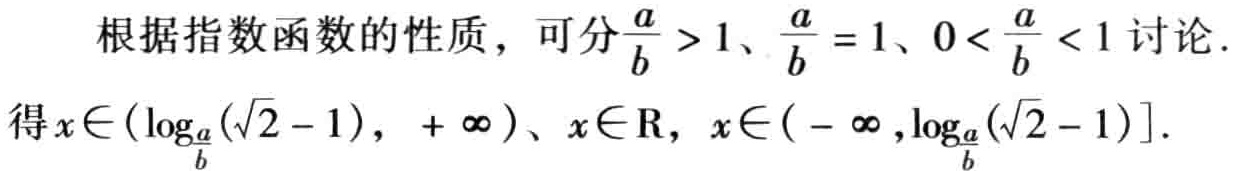
根据指数函数的性质，可分$\frac{a}{b} > 1$、$\frac{a}{b} = 1$、$0 < \frac{a}{b} < 1$讨论.
得$x\in(\log_{\frac{a}{b}}(\sqrt{2} - 1), +\infty)$、$x\in\mathbb{R}$，$x\in(-\infty,\log_{\frac{a}{b}}(\sqrt{2} - 1)]$.